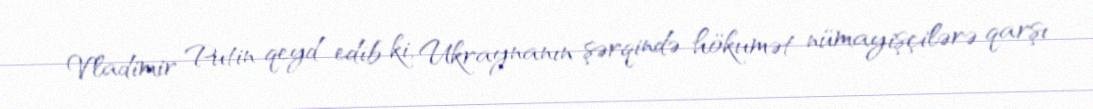
Vladimir Putin qeyd edib ki, Ukraynanın şərqində hökumət nümayişçilərə qarşı